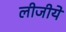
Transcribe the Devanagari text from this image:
लीजीये